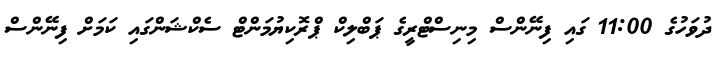
ދުވަހުގެ 11:00 ގައި ފިނޭންސް މިނިސްޓްރީގެ ޕަބްލިކް ޕްރޮކިޔުމަންޓް ސެކްޝަންގައި ކަމަށް ފިނޭންސް